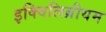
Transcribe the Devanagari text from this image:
इक्विलिब्रीयम